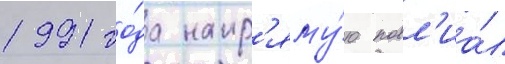
1991 го́да напр'яму́ю повл'иа́л